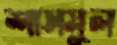
শাসমুল